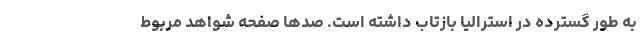
به طور گسترده در استرالیا بازتاب داشته است. صدها صفحه شواهد مربوط